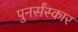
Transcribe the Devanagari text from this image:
पुनर्संस्कार